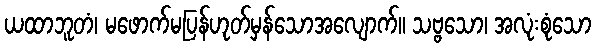
ယထာဘူတံ၊ မဖောက်မပြန်ဟုတ်မှန်သောအလျောက်။ သဗ္ဗသော၊ အလုံးစုံသော